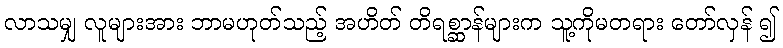
လာသမျှ လူများအား ဘာမဟုတ်သည့် အဟိတ် တိရစ္ဆာန်များက သူ့ကိုမတရား တော်လှန် ၍